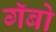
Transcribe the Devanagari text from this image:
गॅबो